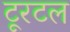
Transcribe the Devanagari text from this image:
टूरटल